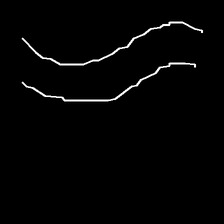
Glyph: float